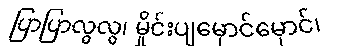
ပြာပြာလွလွ၊ မှိုင်းပျမှောင်မှောင်၊